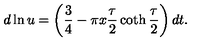
d \ln u = \left( \frac 3 4 - \pi x \frac { \tau } { 2 } \coth \frac { \tau } { 2 } \right) d t .